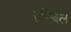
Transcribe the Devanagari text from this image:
हनिबल